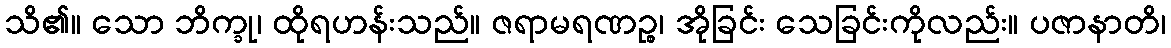
သိ၏။ သော ဘိက္ခု၊ ထိုရဟန်းသည်။ ဇရာမရဏဉ္စ၊ အိုခြင်း သေခြင်းကိုလည်း။ ပဇာနာတိ၊